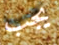
يجب